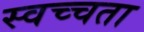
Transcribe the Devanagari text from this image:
स्वच्चता